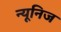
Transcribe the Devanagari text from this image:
न्यूनिज